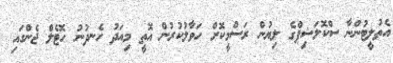
އެތުލީޓުންނާ ސްކޮލަޝިޕްގެ ލިޔުން ރަސްމީކޮށް ހަވާލުކުރުން އޮތީ މިއަދު ހެނދުނު ހޮޓެލް ޖެންގައި